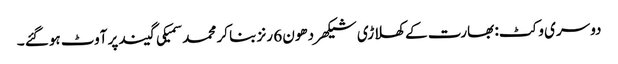
دوسری وکٹ: بھارت کے کھلاڑی شیکھر دھون 6 رنز بنا کر محمد سمیکی گیند پر آوٹ ہوگئے ۔